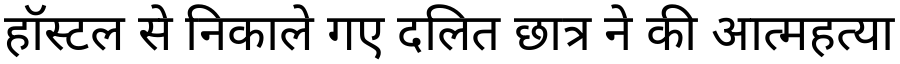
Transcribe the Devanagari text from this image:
हॉस्टल से निकाले गए दलित छात्र ने की आत्महत्या